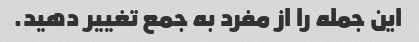
این جمله را از مفرد به جمع تغییر دهید.